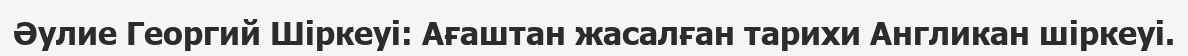
Әулие Георгий Шіркеуі: Ағаштан жасалған тарихи Англикан шіркеуі.